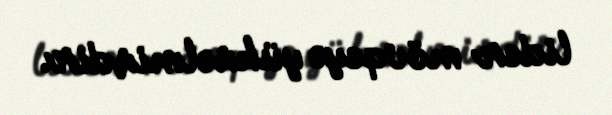
lider mövqeyə yüksəlmişdir.